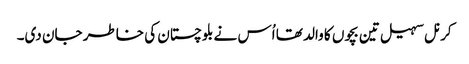
کرنل سہیل تین بچوں کا والد تھا اُس نے بلوچستان کی خاطر جان دی۔